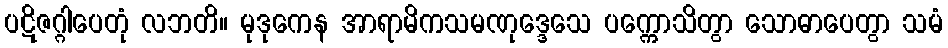
ပဋိဇဂ္ဂါပေတုံ လဘတိ။ မုဒုကေန အာရာမိကသမဏုဒ္ဒေသေ ပက္ကောသိတွာ သောဓာပေတွာ သမံ